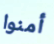
أمنوا